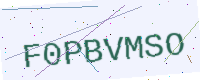
Text: F0PBVMSO